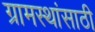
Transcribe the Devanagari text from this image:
ग्रामस्थांसाठी